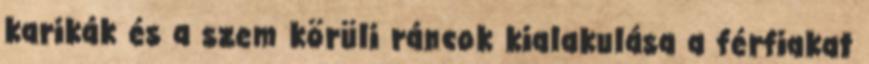
karikák és a szem körüli ráncok kialakulása a férfiakat